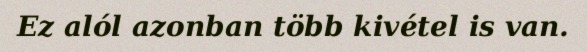
Ez alól azonban több kivétel is van.